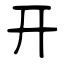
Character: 开